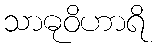
သာဓုဝိဟာရိ